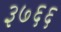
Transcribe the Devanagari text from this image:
३७६६